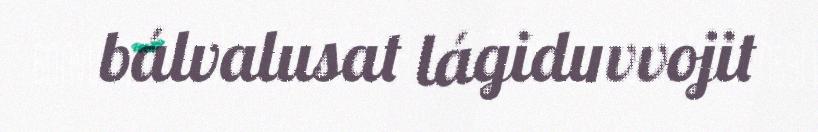
bálvalusat lágiduvvojit